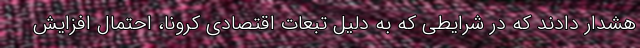
هشدار دادند که در شرایطی که به دلیل تبعات اقتصادی کرونا، احتمال افزایش